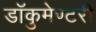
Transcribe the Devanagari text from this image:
डॉकुमेण्टरी